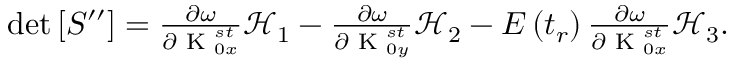
\begin{array} { r } { \operatorname* { d e t } \left[ S ^ { \prime \prime } \right] = \frac { \partial \omega } { \partial \textrm { K } _ { 0 x } ^ { s t } } \mathcal { H } _ { 1 } - \frac { \partial \omega } { \partial \textrm { K } _ { 0 y } ^ { s t } } \mathcal { H } _ { 2 } - E \left( t _ { r } \right) \frac { \partial \omega } { \partial \textrm { K } _ { 0 x } ^ { s t } } \mathcal { H } _ { 3 } . } \end{array}